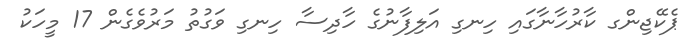
ޕެކޭޖިންގ ކާރުހާނާގައި ހިނގި އަލިފާނުގެ ހާދިސާ ހިނގި ވަގުތު މަރުވެގެން 17 މީހަކު